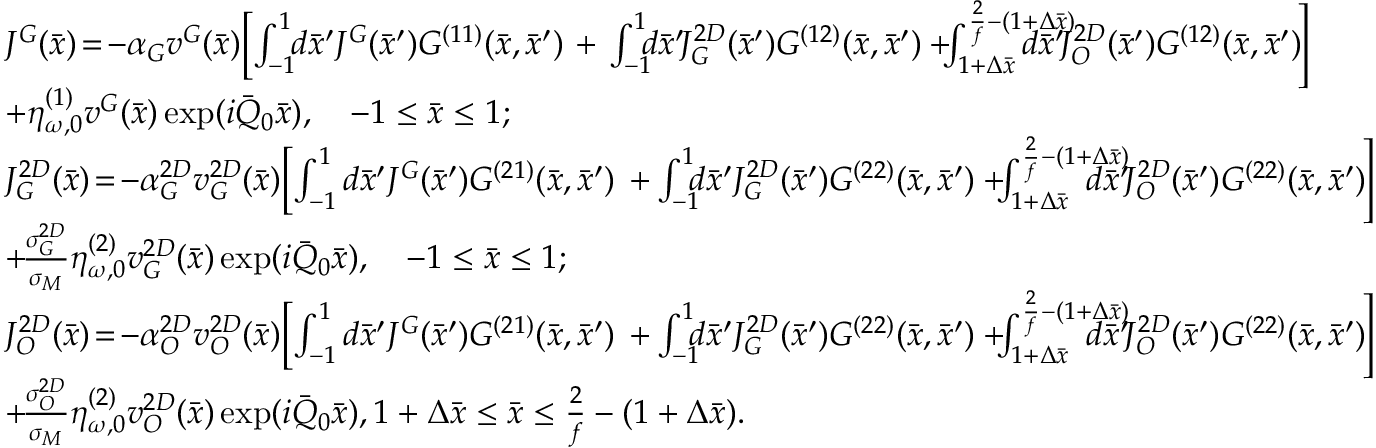
\begin{array} { r l } & { J ^ { G } ( \bar { x } ) \! = \! - \alpha _ { G } v ^ { G } ( \bar { x } ) \! \left[ \int _ { - 1 } ^ { 1 } \! \! d \bar { x } ^ { \prime } J ^ { G } ( \bar { x } ^ { \prime } ) G ^ { ( 1 1 ) } ( \bar { x } , \bar { x } ^ { \prime } ) \right. + \left. \int _ { - 1 } ^ { 1 } \! \! \! d \bar { x } ^ { \prime } \! J _ { G } ^ { 2 D } ( \bar { x } ^ { \prime } ) G ^ { ( 1 2 ) } ( \bar { x } , \bar { x } ^ { \prime } ) + \! \! \! \int _ { 1 + \Delta \bar { x } } ^ { \frac { 2 } { f } - ( 1 + \Delta \bar { x } ) } \! \! \! \! \! \! \! \! \! \! \! d \bar { x } ^ { \prime } \! J _ { O } ^ { 2 D } ( \bar { x } ^ { \prime } ) G ^ { ( 1 2 ) } ( \bar { x } , \bar { x } ^ { \prime } ) \! \right] } \\ & { + \eta _ { \omega , 0 } ^ { ( 1 ) } v ^ { G } ( \bar { x } ) \exp ( i \bar { Q } _ { 0 } \bar { x } ) , \quad - 1 \leq \bar { x } \leq 1 ; } \\ & { J _ { G } ^ { 2 D } ( \bar { x } ) \! = \! - \alpha _ { G } ^ { 2 D } v _ { G } ^ { 2 D } ( \bar { x } ) \! \left[ \int _ { - 1 } ^ { 1 } d \bar { x } ^ { \prime } J ^ { G } ( \bar { x } ^ { \prime } ) G ^ { ( 2 1 ) } ( \bar { x } , \bar { x } ^ { \prime } ) \right. \left. + \int _ { - 1 } ^ { 1 } \! \! \! d \bar { x } ^ { \prime } J _ { G } ^ { 2 D } ( \bar { x } ^ { \prime } ) G ^ { ( 2 2 ) } ( \bar { x } , \bar { x } ^ { \prime } ) + \! \! \! \int _ { 1 + \Delta \bar { x } } ^ { \frac { 2 } { f } - ( 1 + \Delta \bar { x } ) } \! \! \! \! \! \! \! \! \! d \bar { x } ^ { \prime } \! J _ { O } ^ { 2 D } ( \bar { x } ^ { \prime } ) G ^ { ( 2 2 ) } ( \bar { x } , \bar { x } ^ { \prime } ) \! \right] } \\ & { + \! \frac { \sigma _ { G } ^ { 2 D } } { \sigma _ { M } } \eta _ { \omega , 0 } ^ { ( 2 ) } v _ { G } ^ { 2 D } ( \bar { x } ) \exp ( i \bar { Q } _ { 0 } \bar { x } ) , \quad - 1 \leq \bar { x } \leq 1 ; } \\ & { J _ { O } ^ { 2 D } ( \bar { x } ) \! = \! - \alpha _ { O } ^ { 2 D } v _ { O } ^ { 2 D } ( \bar { x } ) \! \left[ \int _ { - 1 } ^ { 1 } d \bar { x } ^ { \prime } J ^ { G } ( \bar { x } ^ { \prime } ) G ^ { ( 2 1 ) } ( \bar { x } , \bar { x } ^ { \prime } ) \right. \left. + \int _ { - 1 } ^ { 1 } \! \! \! d \bar { x } ^ { \prime } J _ { G } ^ { 2 D } ( \bar { x } ^ { \prime } ) G ^ { ( 2 2 ) } ( \bar { x } , \bar { x } ^ { \prime } ) + \! \! \! \int _ { 1 + \Delta \bar { x } } ^ { \frac { 2 } { f } - ( 1 + \Delta \bar { x } ) } \! \! \! \! \! \! \! \! \! d \bar { x } ^ { \prime } \! J _ { O } ^ { 2 D } ( \bar { x } ^ { \prime } ) G ^ { ( 2 2 ) } ( \bar { x } , \bar { x } ^ { \prime } ) \! \right] } \\ & { + \! \frac { \sigma _ { O } ^ { 2 D } } { \sigma _ { M } } \eta _ { \omega , 0 } ^ { ( 2 ) } v _ { O } ^ { 2 D } ( \bar { x } ) \exp ( i \bar { Q } _ { 0 } \bar { x } ) , 1 + \Delta \bar { x } \leq \bar { x } \leq \frac { 2 } { f } - ( 1 + \Delta \bar { x } ) . } \end{array}